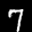
Label: 7